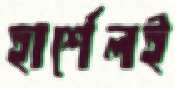
হার্শেলই